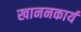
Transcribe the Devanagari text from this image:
खाननकार्य